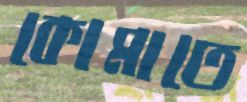
কোমাতে